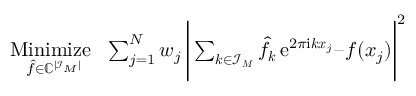
\begin{array} { r } { \underset { \b { \hat { f } } \in \mathbb C ^ { | \mathcal I _ { \b { M } } | } } { \mathrm { M i n i m i z e ~ } } \, \, \sum _ { j = 1 } ^ { N } w _ { j } \, \Bigg | \sum _ { \boldsymbol k \in \mathcal I _ { \boldsymbol M } } \hat { f } _ { \boldsymbol k } \, \mathrm e ^ { 2 \pi \mathrm i \boldsymbol k \boldsymbol x _ { j } } – f ( \boldsymbol x _ { j } ) \Bigg | ^ { 2 } } \end{array}